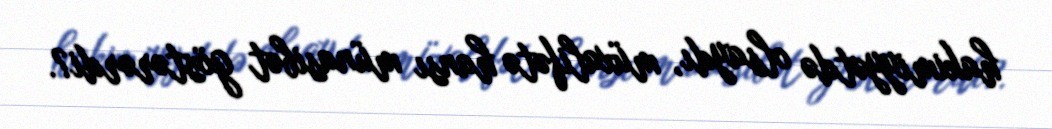
hakimiyyətdə olsaydı, müxalifətə hansı münasibət göstərərdi?.